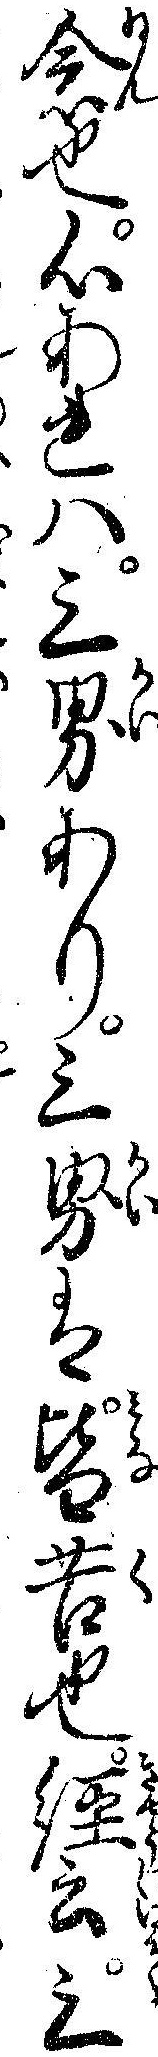
念也心あれハ三界あり三界は皆苦也経云三